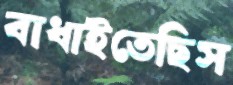
বাধাইতেছিস